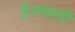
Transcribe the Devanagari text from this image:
है।मछली